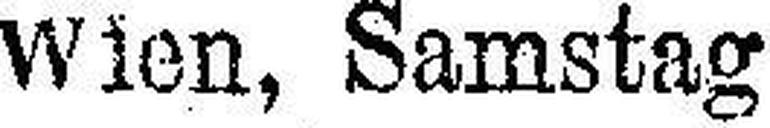
Wien, Samstag